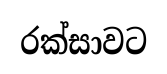
රක්සාවට